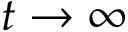
t \rightarrow \infty